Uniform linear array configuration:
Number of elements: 32
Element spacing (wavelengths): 0.75
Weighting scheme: hann
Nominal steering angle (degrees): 0
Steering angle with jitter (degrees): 1.841
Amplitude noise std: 0.05
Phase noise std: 0.05

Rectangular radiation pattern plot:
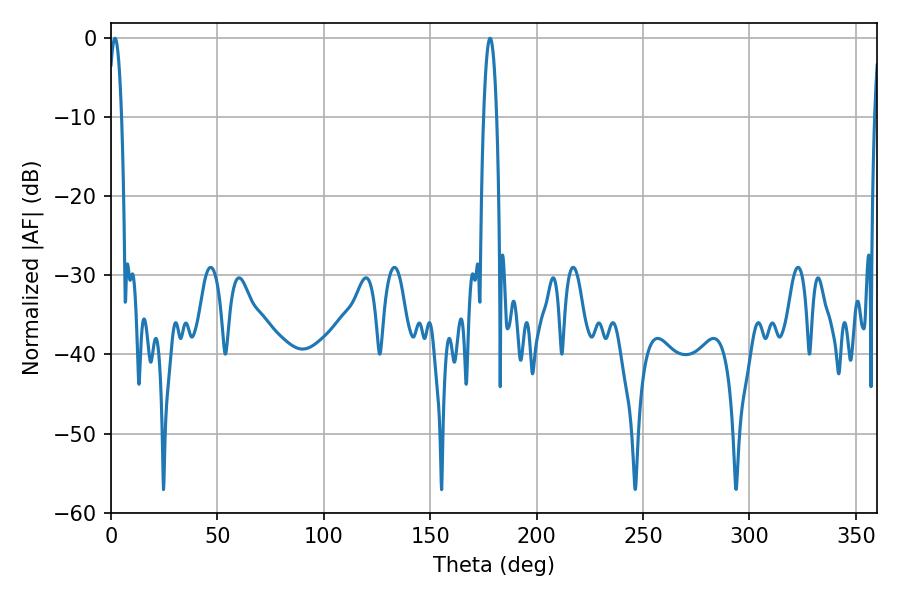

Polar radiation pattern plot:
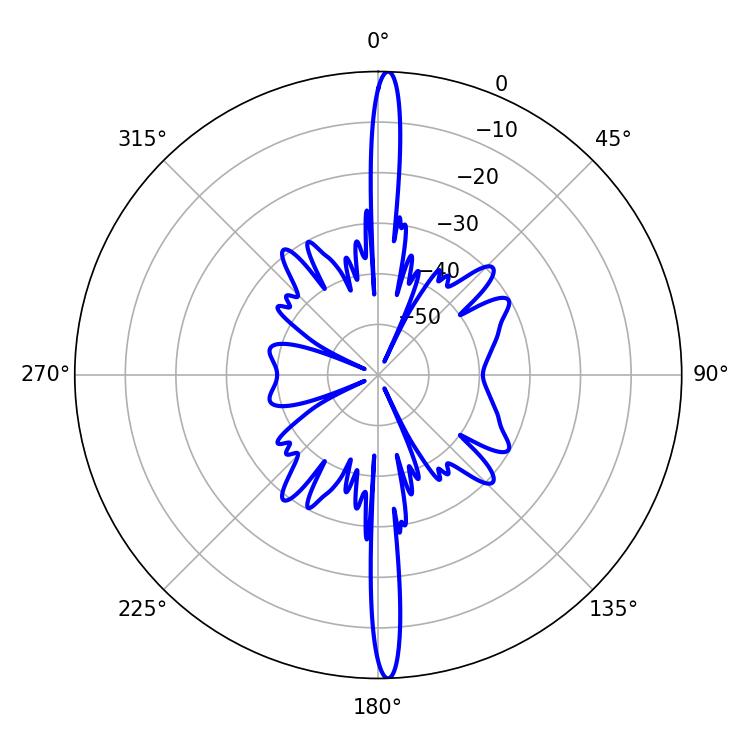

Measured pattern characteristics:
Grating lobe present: TRUE
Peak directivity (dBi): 26.498
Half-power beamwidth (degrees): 3.42
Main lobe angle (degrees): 1.8